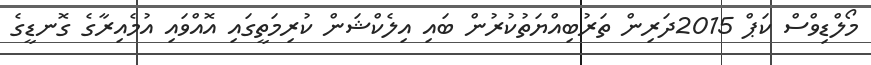
މޯލްޑިވްސް ކަޕް 2015ދަރިން ތަރުބިއްޔަތުކުރުން ބައި އިލެކްޝަން ކުރިމަތީގައި އޮއްވައި އުމެއިރާގެ ގޮނޑީގެ